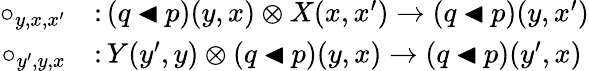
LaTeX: \begin{array}{rl}{\circ_{y,x,x^{\prime}}}&{\colon(q\mathbin{\blacktriangleleft}p)(y,x)\otimes X(x,x^{\prime})\to(q\mathbin{\blacktriangleleft}p)(y,x^{\prime})}\\ {\circ_{y^{\prime},y,x}}&{\colon Y(y^{\prime},y)\otimes(q\mathbin{\blacktriangleleft}p)(y,x)\to(q\mathbin{\blacktriangleleft}p)(y^{\prime},x)}\end{array}